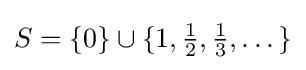
S=\{0\}\cup \{1,{\tfrac {1}{2}},{\tfrac {1}{3}},\dots \}